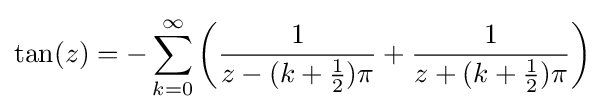
\tan(z)=-\sum _{k=0}^{\infty }\left({\frac {1}{z-(k+{\frac {1}{2}})\pi }}+{\frac {1}{z+(k+{\frac {1}{2}})\pi }}\right)